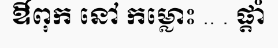
ឳពុក នៅ កម្លោះ .. . ផ្តាំ